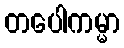
တပေါကမ္မာ